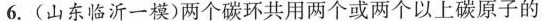
6.(山东临沂一模)两个碳环共用两个或两个以上碳原子的